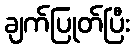
ချက်ပြုတ်ပြီး